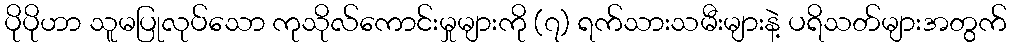
ပိုပိုဟာ သူမပြုလုပ်သော ကုသိုလ်ကောင်းမှုများကို (၇) ရက်သားသမီးများနဲ့ ပရိသတ်များအတွက်